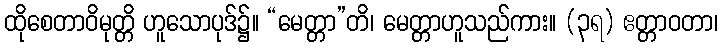
ထိုစေတာဝိမုတ္တိ ဟူသောပုဒ်၌။ “မေတ္တာ”တိ၊ မေတ္တာဟူသည်ကား။ (၃ရ) ဧတ္တာဝတာ၊